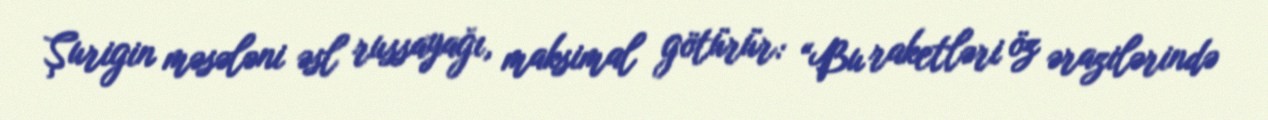
Şurigin məsələni əsl russayağı, maksimal götürür: “Bu raketləri öz ərazilərində